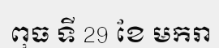
ពុធ ទី 29 ខែ មករា